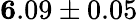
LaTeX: {\mathbf 6.09\pm 0.05}